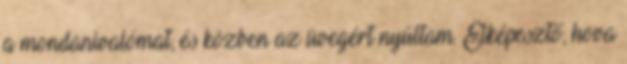
a mondanivalómat, és közben az üvegért nyúltam. Elképesztő, hova